Vaccination in Bombay 1874-1876 - 1874-1876
Year: 1874
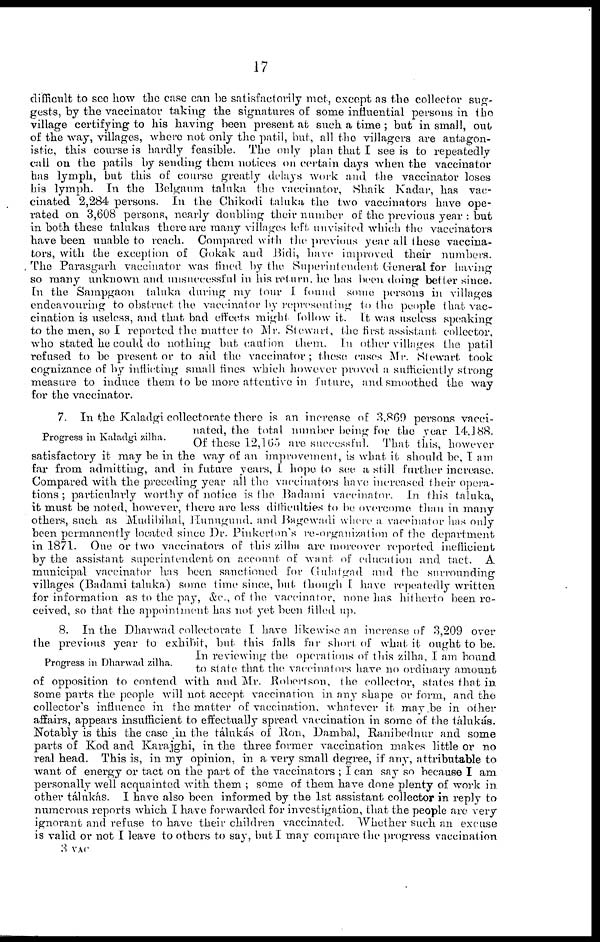
17
difficult to see how the case can be satisfactorily met, except as the collector sug-
gests, by the vaccinator taking the signatures of some influential persons in the
village certifying to his having been present at such a time ; but in small, out
of the way, villages, where not only the patil, but, all the villagers are antagon-
istic, this course is hardly feasible. The only plan that I see is to repeatedly
call on the patils by sending them notices on certain days when the vaccinator
has lymph, but this of course greatly delays work and the vaccinator loses
his lymph. In the Belgaum taluka the vaccinator, Shaik Kadar, has vac-
cinated 2,284 persons. In the Chikodi taluka the two vaccinators have ope-
rated on 3,608 persons, nearly doubling their number of the previous year : but
in both these talukas there are many villages left unvisited which the vaccinators
have been unable to reach. Compared with the previous year all these vaccina-
tors, with the exception of Gokak and Bidi, have improved their numbers.
, The Parasgarh vaccinator was fined by the Superintendent General for having
so many unknown and unsuccessful in his return, he hus been doing better since.
In the Sampgaon taluka during my tour I found some persons in villages
endeavouring to obstruct the vaccinator by representing to the people that vac-
cination is useless, and that bad effects might follow it. It was useless speaking
to the men, so I reported the matter to Mr. Stewart, the first assistant collector,
who stated he could do nothing but caution them. In other villages the patil
refused to be present or to aid the vaccinator; these cases Mr. Stewart took
cognizance of by inflicting small fines which however proved a sufficiently strong
measure to induce them to be more attentive in future, and smoothed the way
for the vaccinator.
Progress in Kaladgi zilha.
7. In the Kaladgi collectorate there is an increase of 3,869 persons vacci-
nated, the total number being for the year 14,188.
Of these 12,165 are successful. That this, however
satisfactory it may be in the way of an improvement, is what it should be, I am
far from admitting, and in future years, I hope to see a still further increase.
Compared with the preceding year all the vaccinators have increased their opera-
tions ; particularly worthy of notice is the .Badami vaccinator. In this taluka,
it must be noted, however, there are less difficulties to be overcome than in many
others, such as Mudibihal, Hunugund. and Bagewadi where a. vaccinator has only
been permanently located, since Dr. Pinkerton's re-organization of the department
in 1871. One or two vaccinators of this zilha are moreover reported inefficient
by the assistant superintendent on account of want of education and tact. A
municipal vaccinator has been sanctioned for Gulalgad and the surrounding
villages (Badami taluka) some time since, but though I have repeatedly written
for information as to the pay, &c., of the vaccinator. none has hitherto been re-
ceived, so that the appointment has not yet been filled up.
Progress in Dharwad zilha.
8. In the Dharwad collectorate I have likewise an increase of 3,209 over
the previous year to exhibit, but this falls far short of what it ought to be.
In reviewing the operations of this zilha, I am bound
to state that the vaccinators have no ordinary amount
of opposition to contend with and Mr. Robertson, the collector, states that in
some parts the people will not accept vaccination in any shape or form, and the
collector's influence in the matter of vaccination, whatever it may be in other
affairs, appears insufficient to effectually spread vaccination in some of the tálukás.
Notably is this the case in the tálukás of Ron, Dambal, Ranibednur and some
parts of Kod and Karajghi, in the three former vaccination makes little or no
real head. This is, in my opinion, in a very small degree, if any, attributable to
want of energy or tact on the part of the vaccinators ; I can say so because I am
personally well acquainted with them ; some of them have done plenty of work in
other tálukás. I have also been informed by the 1st assistant collector in reply to
numerous reports which I have forwarded for investigation, that the people are very
ignorant and refuse to have their children vaccinated. Whether such an excuse
is valid or not I leave to others to say but I may compare the progress vaccination
3 VAC